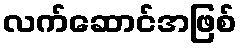
လက်ဆောင်အဖြစ်